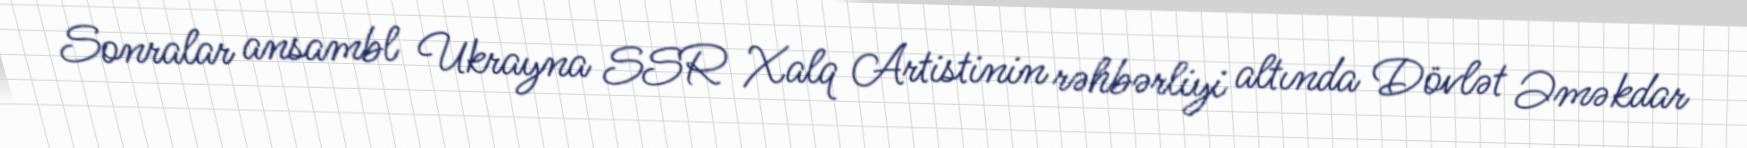
Sonralar ansambl Ukrayna SSR Xalq Artistinin rəhbərliyi altında Dövlət Əməkdar